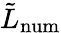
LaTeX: \tilde{L}_{\mathrm{num}}